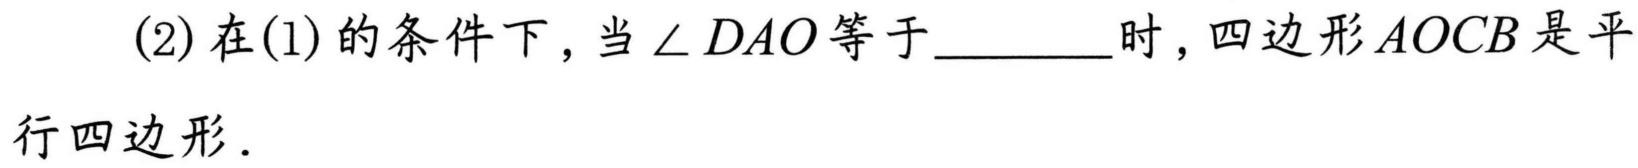
(2) 在(1)的条件下，当$\angle DAO$等于________时，四边形$AOCB$是平行四边形．